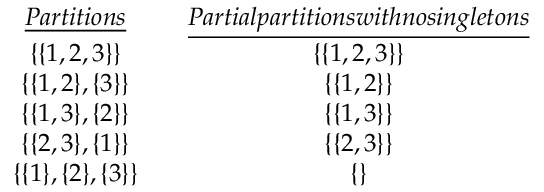
\begin{array} { r } { \begin{array} { c c c } { \underline { { P a r t i t i o n s } } } & & { \underline { { P a r t i a l p a r t i t i o n s w i t h n o s i n g l e t o n s } } } \\ { \{ \{ 1 , 2 , 3 \} \} } & & { \{ \{ 1 , 2 , 3 \} \} } \\ { \{ \{ 1 , 2 \} , \{ 3 \} \} } & & { \{ \{ 1 , 2 \} \} } \\ { \{ \{ 1 , 3 \} , \{ 2 \} \} } & & { \{ \{ 1 , 3 \} \} } \\ { \{ \{ 2 , 3 \} , \{ 1 \} \} } & & { \{ \{ 2 , 3 \} \} } \\ { \{ \{ 1 \} , \{ 2 \} , \{ 3 \} \} } & & { \{ \} } \end{array} } \end{array}